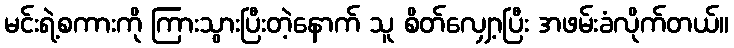
မင်းရဲ့စကားကို ကြားသွားပြီးတဲ့နောက် သူ စိတ်လျှော့ပြီး အဖမ်းခံလိုက်တယ်။